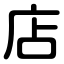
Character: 店